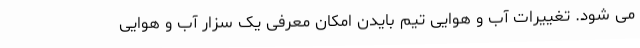
می شود. تغییرات آب و هوایی تیم بایدن امکان معرفی یک سزار آب و هوایی